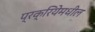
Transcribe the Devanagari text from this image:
प्रक्रियेमधील